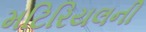
મટિરિયલની